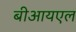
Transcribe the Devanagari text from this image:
बीआयएल